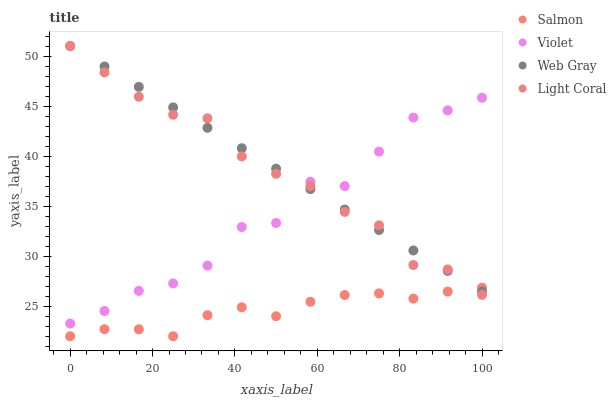
| xaxis_label | Salmon | Violet | Web Gray | Light Coral |
 | --- | --- | --- | --- | --- |
 | 0 | 22 | 23.3 | 51 | 51 |
 | 8.33 | 22.7 | 24.5 | 49 | 48.4 |
 | 16.7 | 22.7 | 26.5 | 46.9 | 45.9 |
 | 25 | 22 | 27.3 | 44.9 | 44.1 |
 | 33.3 | 24.1 | 29.1 | 42.8 | 43.8 |
 | 41.7 | 24.9 | 32.9 | 40.8 | 40 |
 | 50 | 24 | 33.3 | 38.7 | 38.2 |
 | 58.3 | 25.4 | 37.4 | 36.7 | 37 |
 | 66.7 | 26.1 | 37 | 34.7 | 34.4 |
 | 75 | 26.3 | 40.4 | 32.6 | 33.1 |
 | 83.3 | 25.8 | 43.8 | 30.6 | 29.1 |
 | 91.7 | 26.5 | 44.6 | 28.5 | 28.7 |
 | 100 | 26.9 | 45.8 | 26.5 | 26.1 |